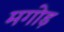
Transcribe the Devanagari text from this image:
मगोड़